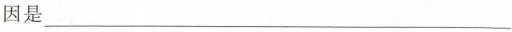
因是___。